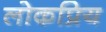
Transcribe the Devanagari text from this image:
लोकप्रिय